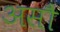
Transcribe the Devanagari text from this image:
असौ